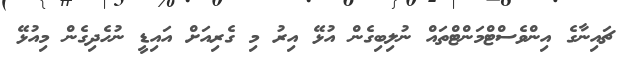
ޗައިނާގެ އިންވެސްޓްމަންޓްތައް ނުލިބިގެން އުޅޭ އިރު މި ގެރިއަށް އައިޑީ ނުހެދިގެން މިއުޅޭ